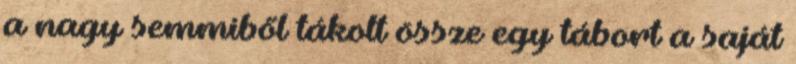
a nagy semmiből tákolt össze egy tábort a saját